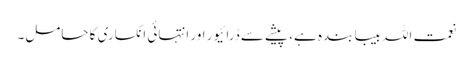
نعمت اللہ بیبا بندہ ہے، پیشے سے ڈرائیور اور انتہائی انکساری کا حامل۔